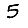
Digit: 5